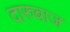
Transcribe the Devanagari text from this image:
दारुबाज